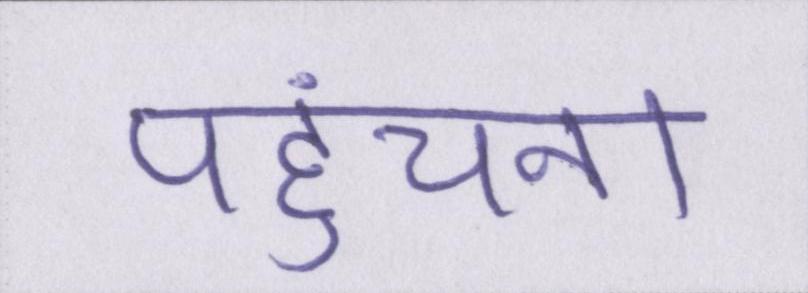
पहुंचना